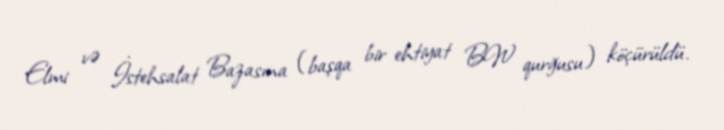
Elmi və İstehsalat Bazasına (başqa bir ehtiyat BW qurğusu) köçürüldü.